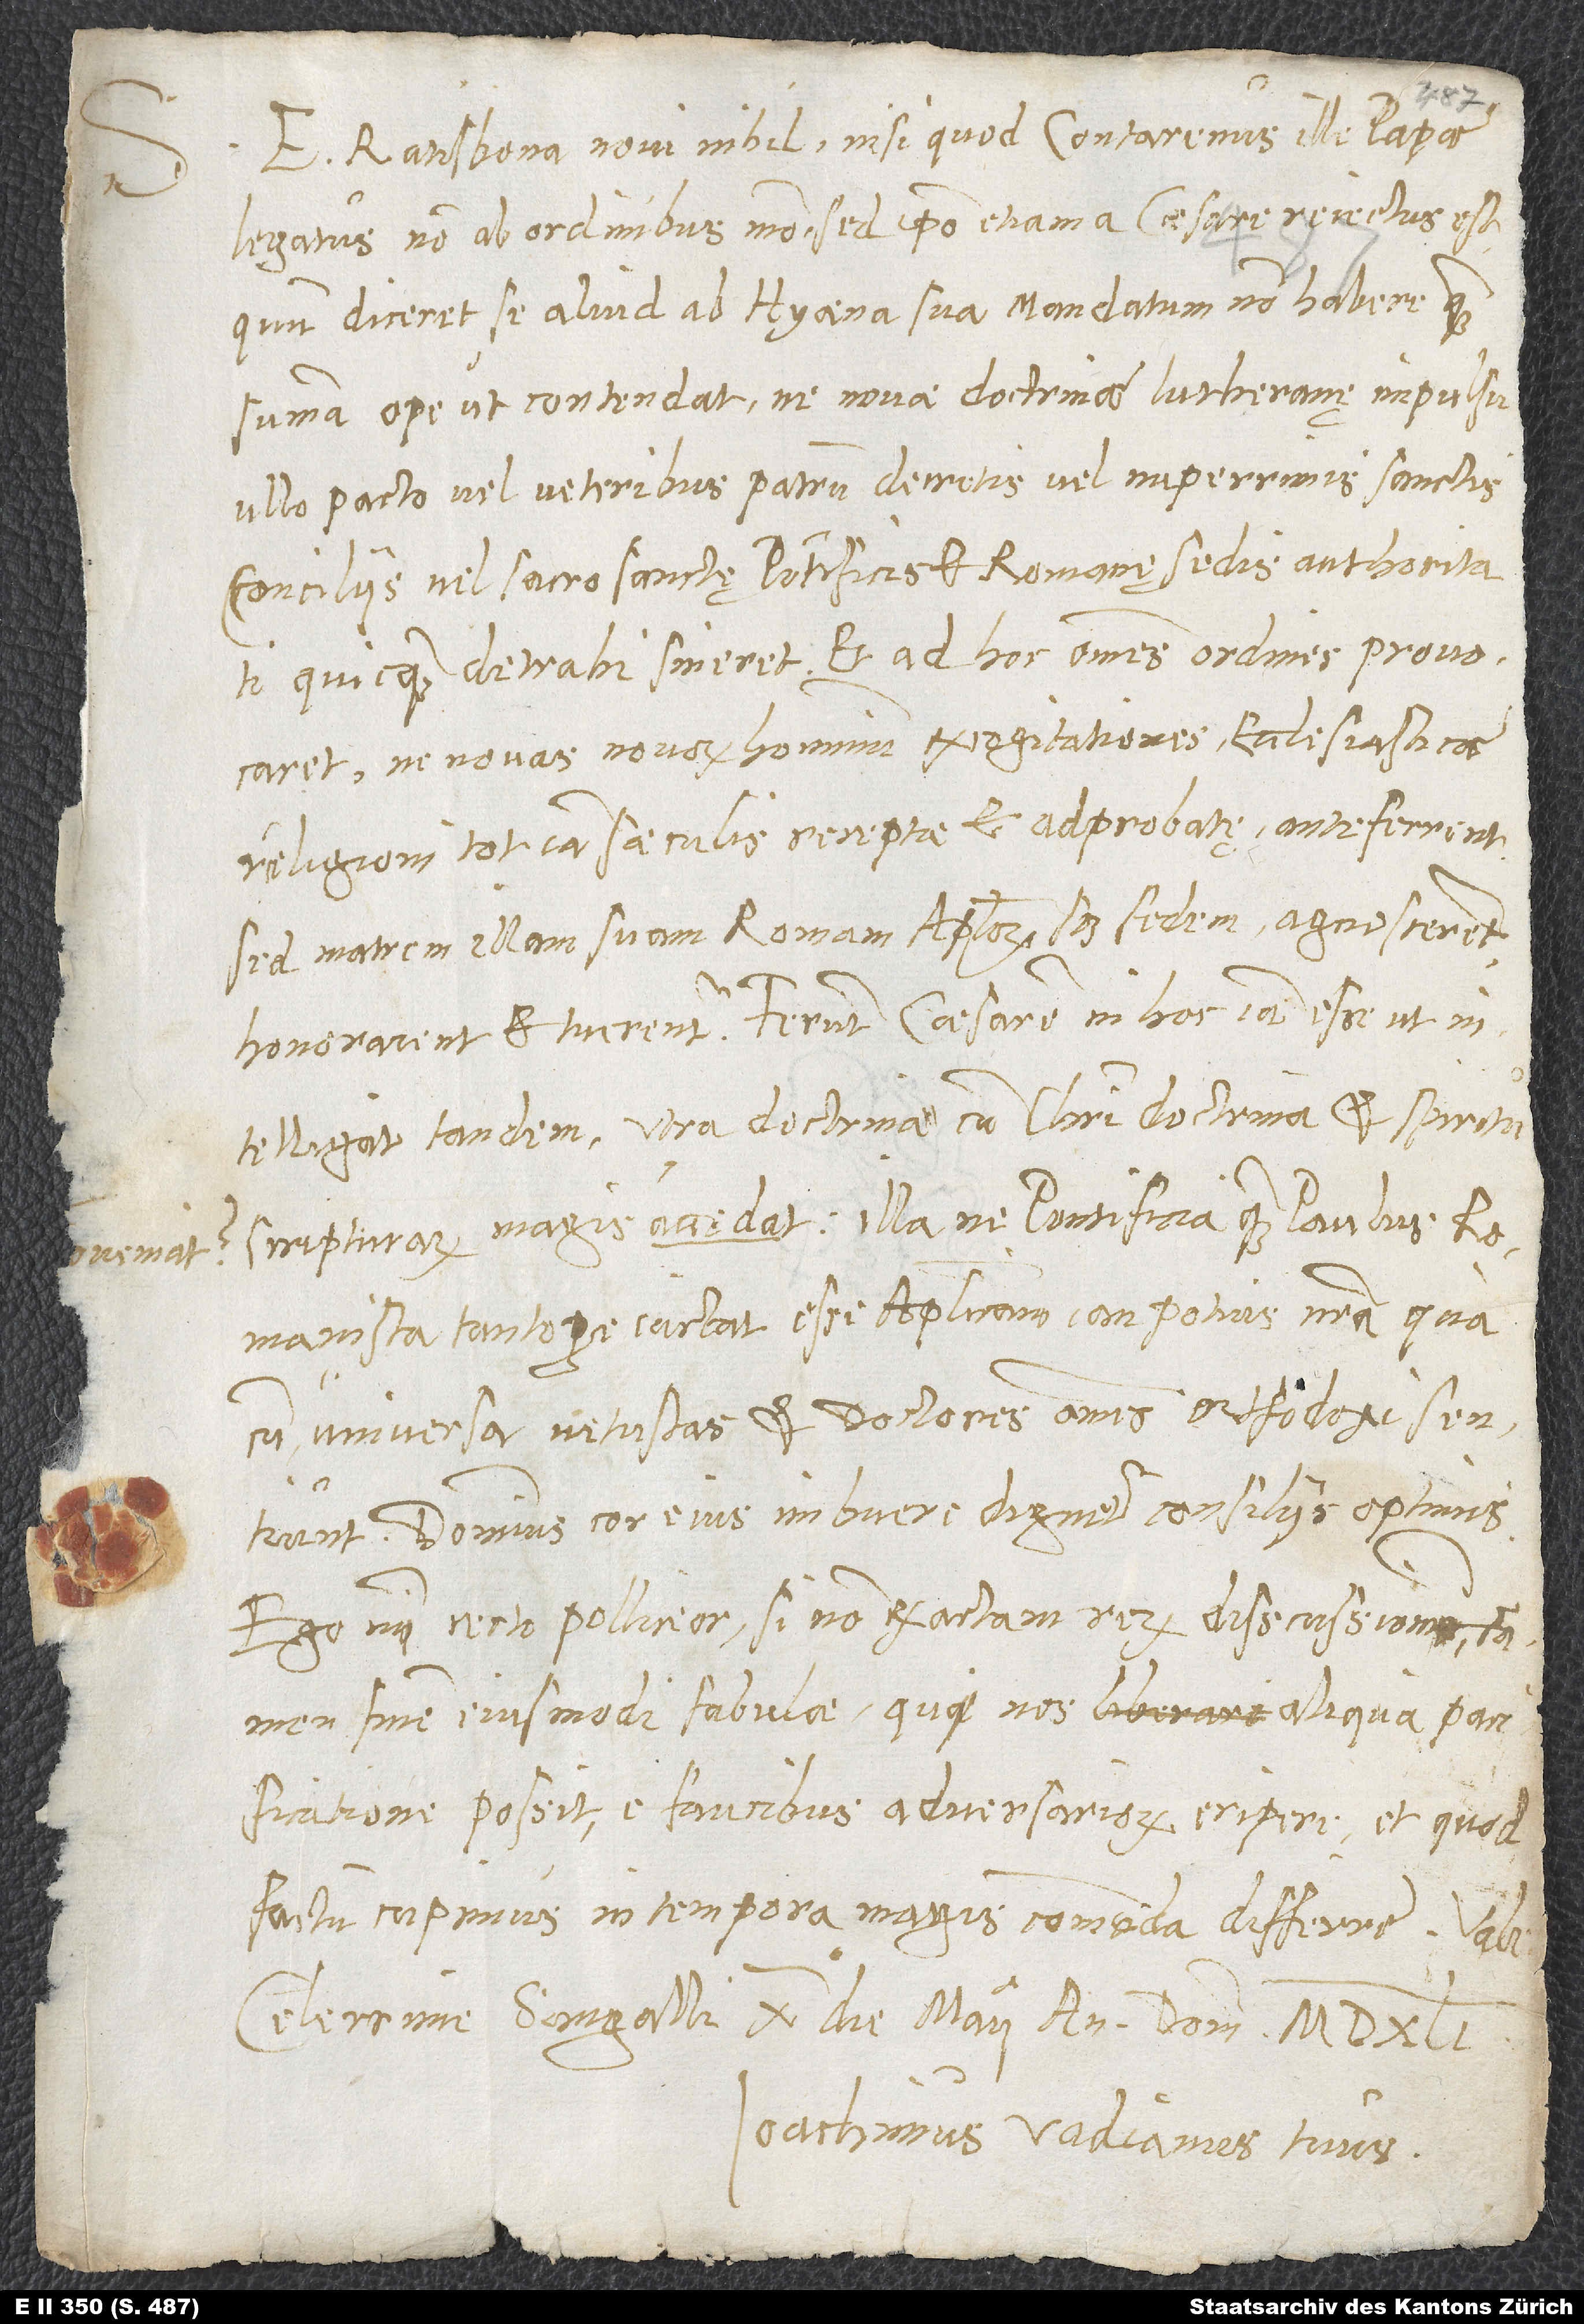
S.

E Ratisbona novi nihil, nisi quod Contarenus, ille papae
legatus, non ab ordinibus modo, sed ipso etiam a Caesare reiectus est,
quum diceret, se aliud ab hyaena sua mandatum non habere, quam
summa ope ut contendat, ne novae doctrinae Lutheranę impulsu
ullo pacto vel veteribus patrum decretis vel nuperrimis sanctis
conciliis vel sacrosanctę pontificis et Romanę sedis auctoritati
quicquam detrahi sineret et ad hoc omnes ordines provocaret,
ne novas novorum hominum excogitationes ecclesiasticae
religioni tot iam saeculis receptae et adprobatę anteferrent,
sed matrem illam suam Romam, apostolorum scilicet sedem, agnoscerent,
honorarent et tuerentur. Ferunt, Caesarem in hoc iam esse, ut
intelligat tandem, utra doctrina cum Christi doctrina et spiritu
scripturarum magis conveniat: illane pontificia, quam Paulus
Romanista tantopere iactat esse apostolicam, an potius nostra, quacum
universa vetustas et doctores omnes orthodoxi sentiunt.
Dominus cor eius imbuere dignetur consiliis optimis.
Ego mihi certo polliceor si non exactam rerum discussionem, tamen
finem eiusmodi fabulae, qui nos aliqua pacificatione
possit e faucibus adversariorum eripere et, quod
factum cupimus, in tempora magis commoda differre. Vale.
Celerrime. Sangalli, X. die Maii, anno domini